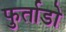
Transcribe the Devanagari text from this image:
फुर्ताडो